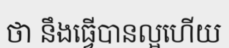
ថា នឹងធ្វើបានល្អហើយ